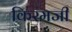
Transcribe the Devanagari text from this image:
किरमजी